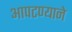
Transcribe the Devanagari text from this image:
आपटण्याने